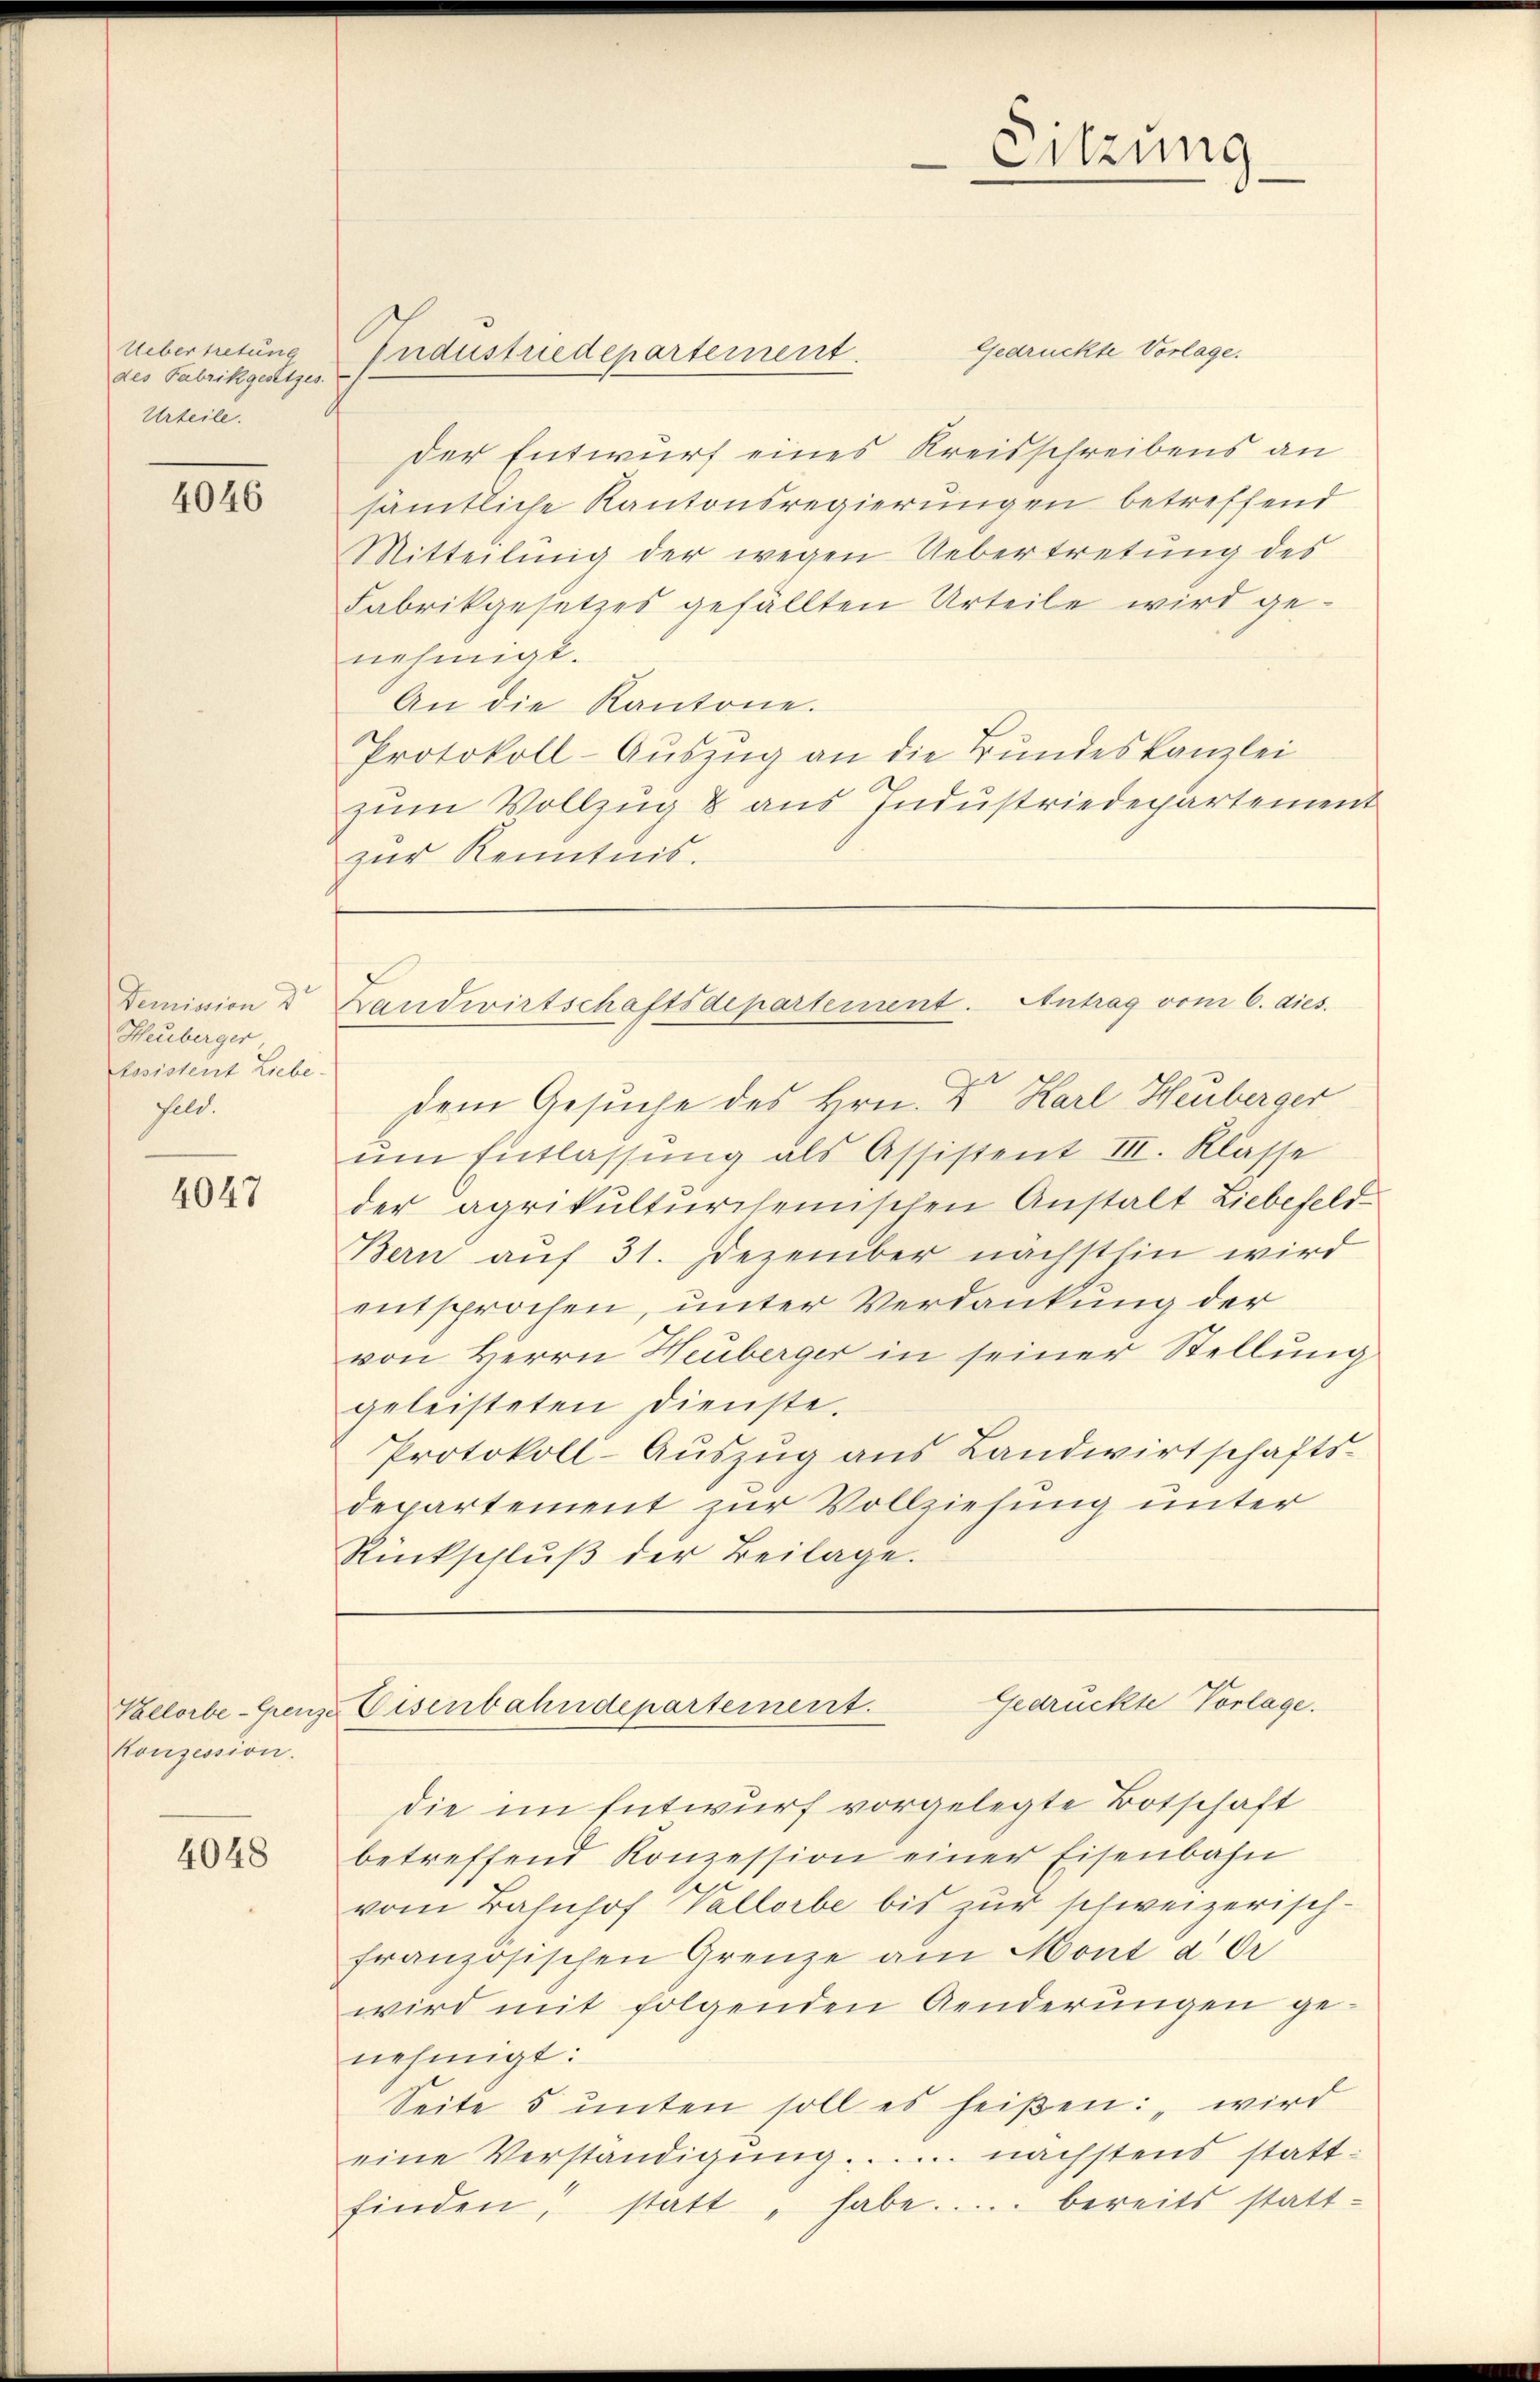
Uebertretung
des Fabrikgesetzes.
Urteile.

4046

Demission d
Heuberger
tosistent Liebe.
feld.

4047

Velorbe-Grenz
Konzession.

4048

Gedrückte Vorlage.
der Entwurf eines Kreisschreibens an
sämtliche Kantonsregierungen betreffend
Mitteilung der wegen Uebertretung des
Fabrikgesetzes gefällten Urteile wird genehmigt.
An die Kantone.
Protokoll-Auszug an die Bundeskanzlei
zum Vollzug 8 aus Industriedepartement
zur Kenntnis.
Landwirtschaftsdepartement. Antrag vom 6. dies
dem Gesuche des Hrn. Dr Karl Heuberger
am Entlassŭng als Assistent III. Klasse
der agrikultŭrcheinschen Anstalt Liebefeld
Bern auf 31. Dezember nächsthin wird
entsprochen, unter Verdankung der
von Herrn Heuberger in seiner Stellung
geleisteten Dienste.
Protokoll-Aŭszŭg ans Landwirtschafts-
departement zur Vollziehung unter
Rückschlŭβ der Beilage.

Endustriedepartement.

Sitzung

die im Entwurf vorgelegte Botschaft
betreffend Konzession einer Eisenbahn
vom Bahnhof Vallorbe bis zur schweizerischfranzösischen Grenze am Mont a Or
wird mit folgenden Aenderungen ge-
nehmigt:
Seite 5 ŭnten soll es heißen: „wird
eine Verständigung ....... nächstens stattfinden, statt „habe..... bereits statt-

Gedrückte Vorlage.
 Eisenbahndepartement.